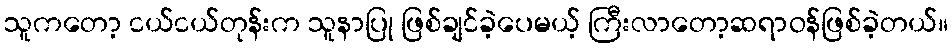
သူကတော့ ငယ်ငယ်တုန်းက သူနာပြု ဖြစ်ချင်ခဲ့ပေမယ့် ကြီးလာတော့ဆရာဝန်ဖြစ်ခဲ့တယ်။